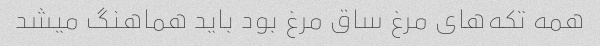
همه تکه‌های مرغ ساق مرغ بود باید هماهنگ میشد